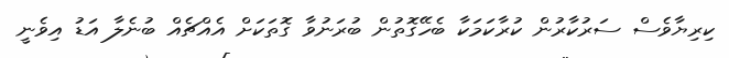
ކިރިޔާވެސް ސަރުކާރުން ކުރާކަމަކާ ބެހޭގޮތުން ބުރަނުވާ ގޮތަކަށް އެއްޗެއް ބުނެލާ އަޑު އިވެނީ